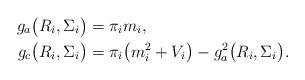
LaTeX: \begin{align*}g_{a}\bigl(R_{i},\Sigma_{i}\bigr) & =\pi_{i}m_{i},\\g_{c}\bigl(R_{i},\Sigma_{i}\bigr) & =\pi_{i}\bigl(m_{i}^{2}+V_{i}\bigr)-g_{a}^{2}\bigl(R_{i},\Sigma_{i}\bigr).\end{align*}